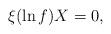
LaTeX: \begin{align*} \xi(\ln f)X=0,\end{align*}